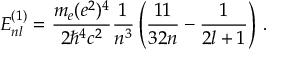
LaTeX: { \cal E } _ { n l } ^ { ( 1 ) } = \frac { m _ { e } ( e ^ { 2 } ) ^ { 4 } } { 2 \hbar ^ { 4 } c ^ { 2 } } \frac { 1 } { n ^ { 3 } } \left( \frac { 1 1 } { 3 2 n } - \frac { 1 } { 2 l + 1 } \right) \, .